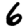
Digit: 6